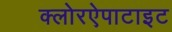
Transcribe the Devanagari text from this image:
क्लोरऐपाटाइट